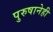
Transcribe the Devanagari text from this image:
पुरुषानेही